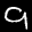
Label: 9